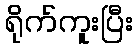
ရိုက်ကူးပြီး